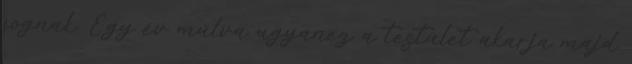
fognak. Egy év múlva ugyanez a testület akarja majd